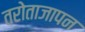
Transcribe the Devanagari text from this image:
तरोताजापन